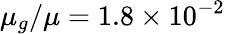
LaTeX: \mu_{g}/\mu=1.8\times 10^{-2}